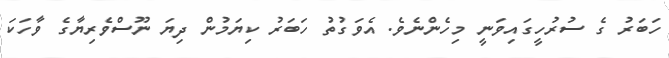
ހަބަރު ގެ ސުރުހީގައިވަނީ މިހެންނެވެ. އެވަގުތު ހަބަރު ކިޔަމުން ދިޔަ ނޫސްވެރިޔާގެ ވާހަކަ